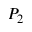
P _ { 2 }